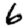
Digit: 6